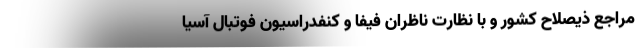
مراجع ذیصلاح کشور و با نظارت ناظران فیفا و کنفدراسیون فوتبال آسیا